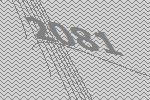
2081